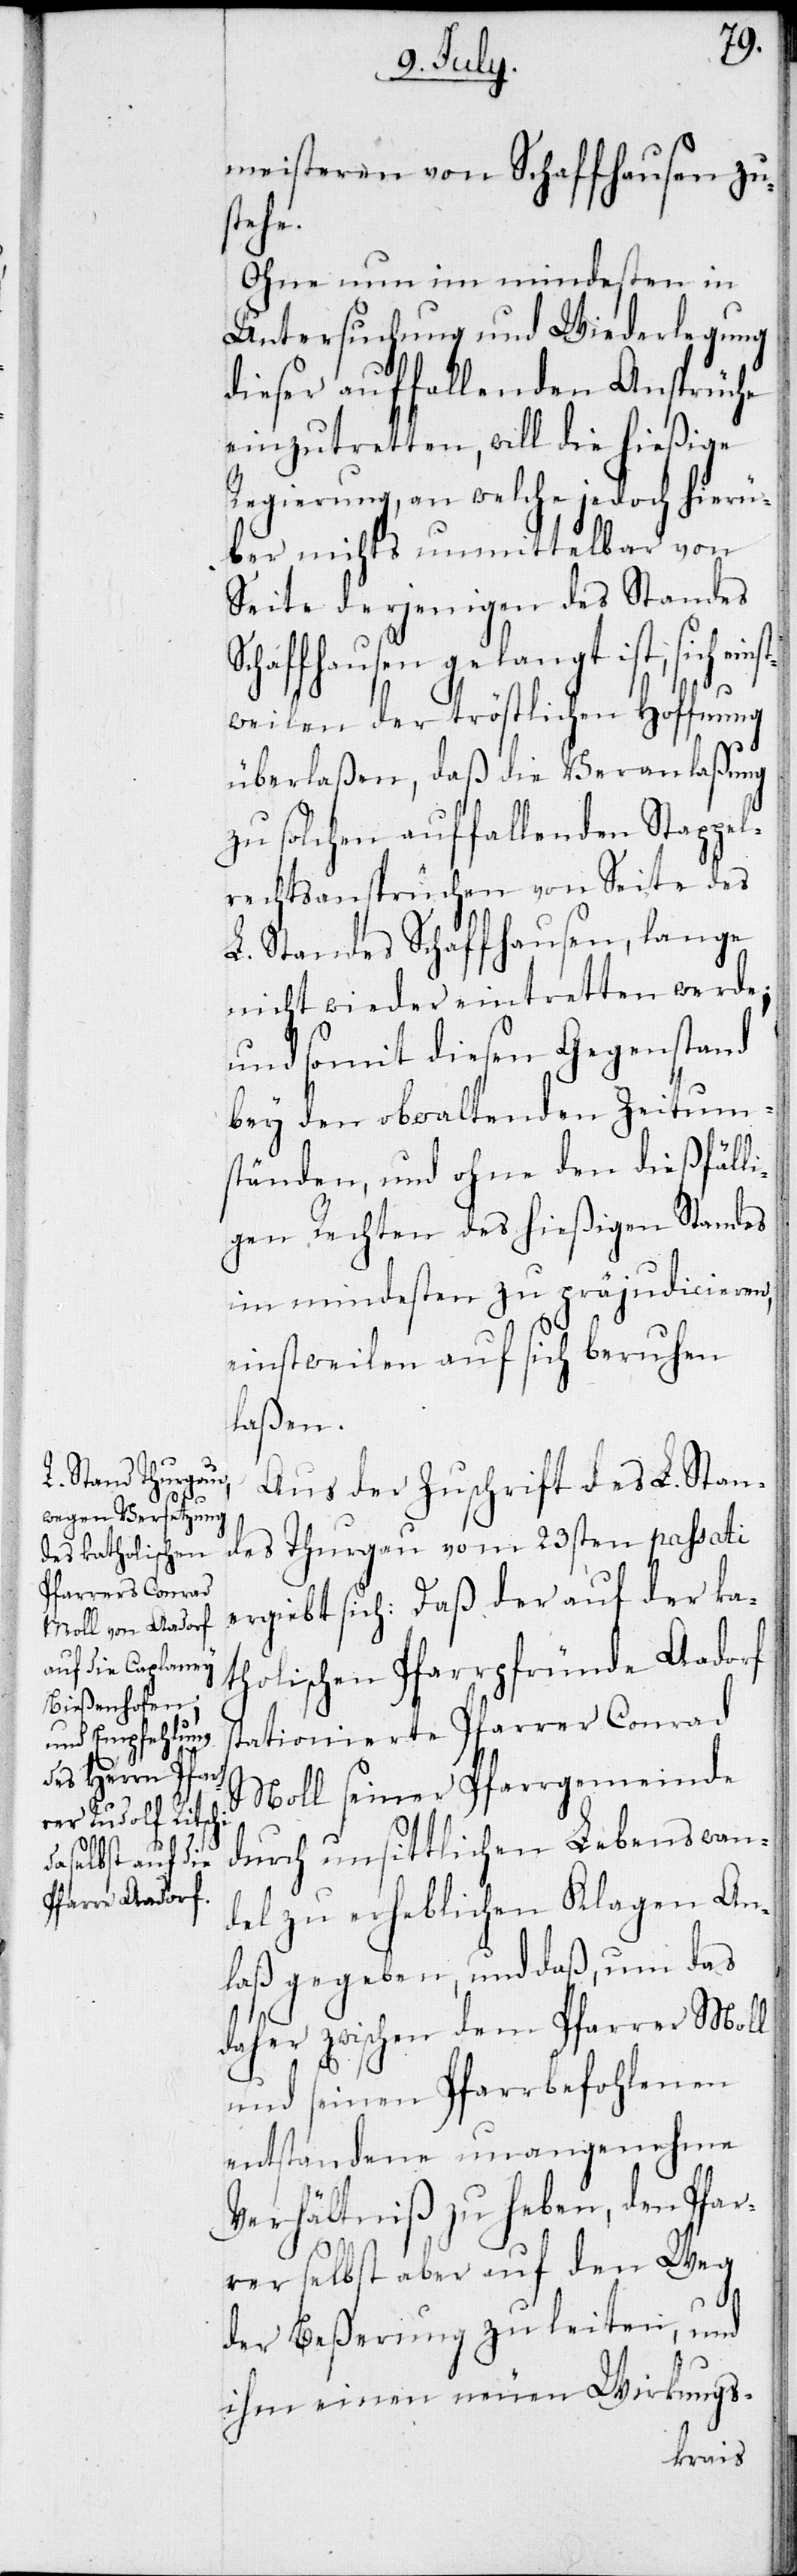
meisteren von Schaffhausen zu¬
einst¬
Ohne nun im mindesten in
Untersuchung und Wiederlegung
dieser auffallenden Ansprüche
einzutretten, will die hießige
Regierung, an welche jedoch hierü¬
ber nichts unmittelbar von
Seite derjenigen des Standes
Schaffhausen gelangt ist, sich
weilen der tröstlichen Hoffnung
überlaßen, daß die Veranlaßung
zu solchen auffallenden Stappel¬
rechtsansprüchen von Seite des
L. Standes Schaffhausen, lange
nicht wieder eintretten werde;
und somit diesen Gegenstand
bey den obwaltenden Zeitum¬
ständen, und ohne den dießfäll¬
igen Rechten des hießigen Standes
im mindesten zu präjudicieren,
einstweilen auf sich beruhen
laßen.
Aus der Zuschrift des L. Stan¬
des Thurgau vom 23sten passati
ergiebt sich: Daß der auf der ka¬
tholischen Pfarrpfründe Aadorf
tationierte Pfarrer Conrad
Moll seiner Pfarrgemeinde
durch unsittlichen Lebenswan¬
del zu erheblichen Klagen An¬
laß gegeben, und daß, um das
daher zwischen dem Pfarrer Moll
und seinen Pfarrbefohlenen
entstandene unangenehme
Verhältniß zu heben, den Pfar¬
rer selbst aber auf den Weg
s¬
der Beßerung zu leiten, und
ihm einen neuen Wirkungs-